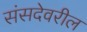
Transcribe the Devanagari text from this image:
संसदेवरील